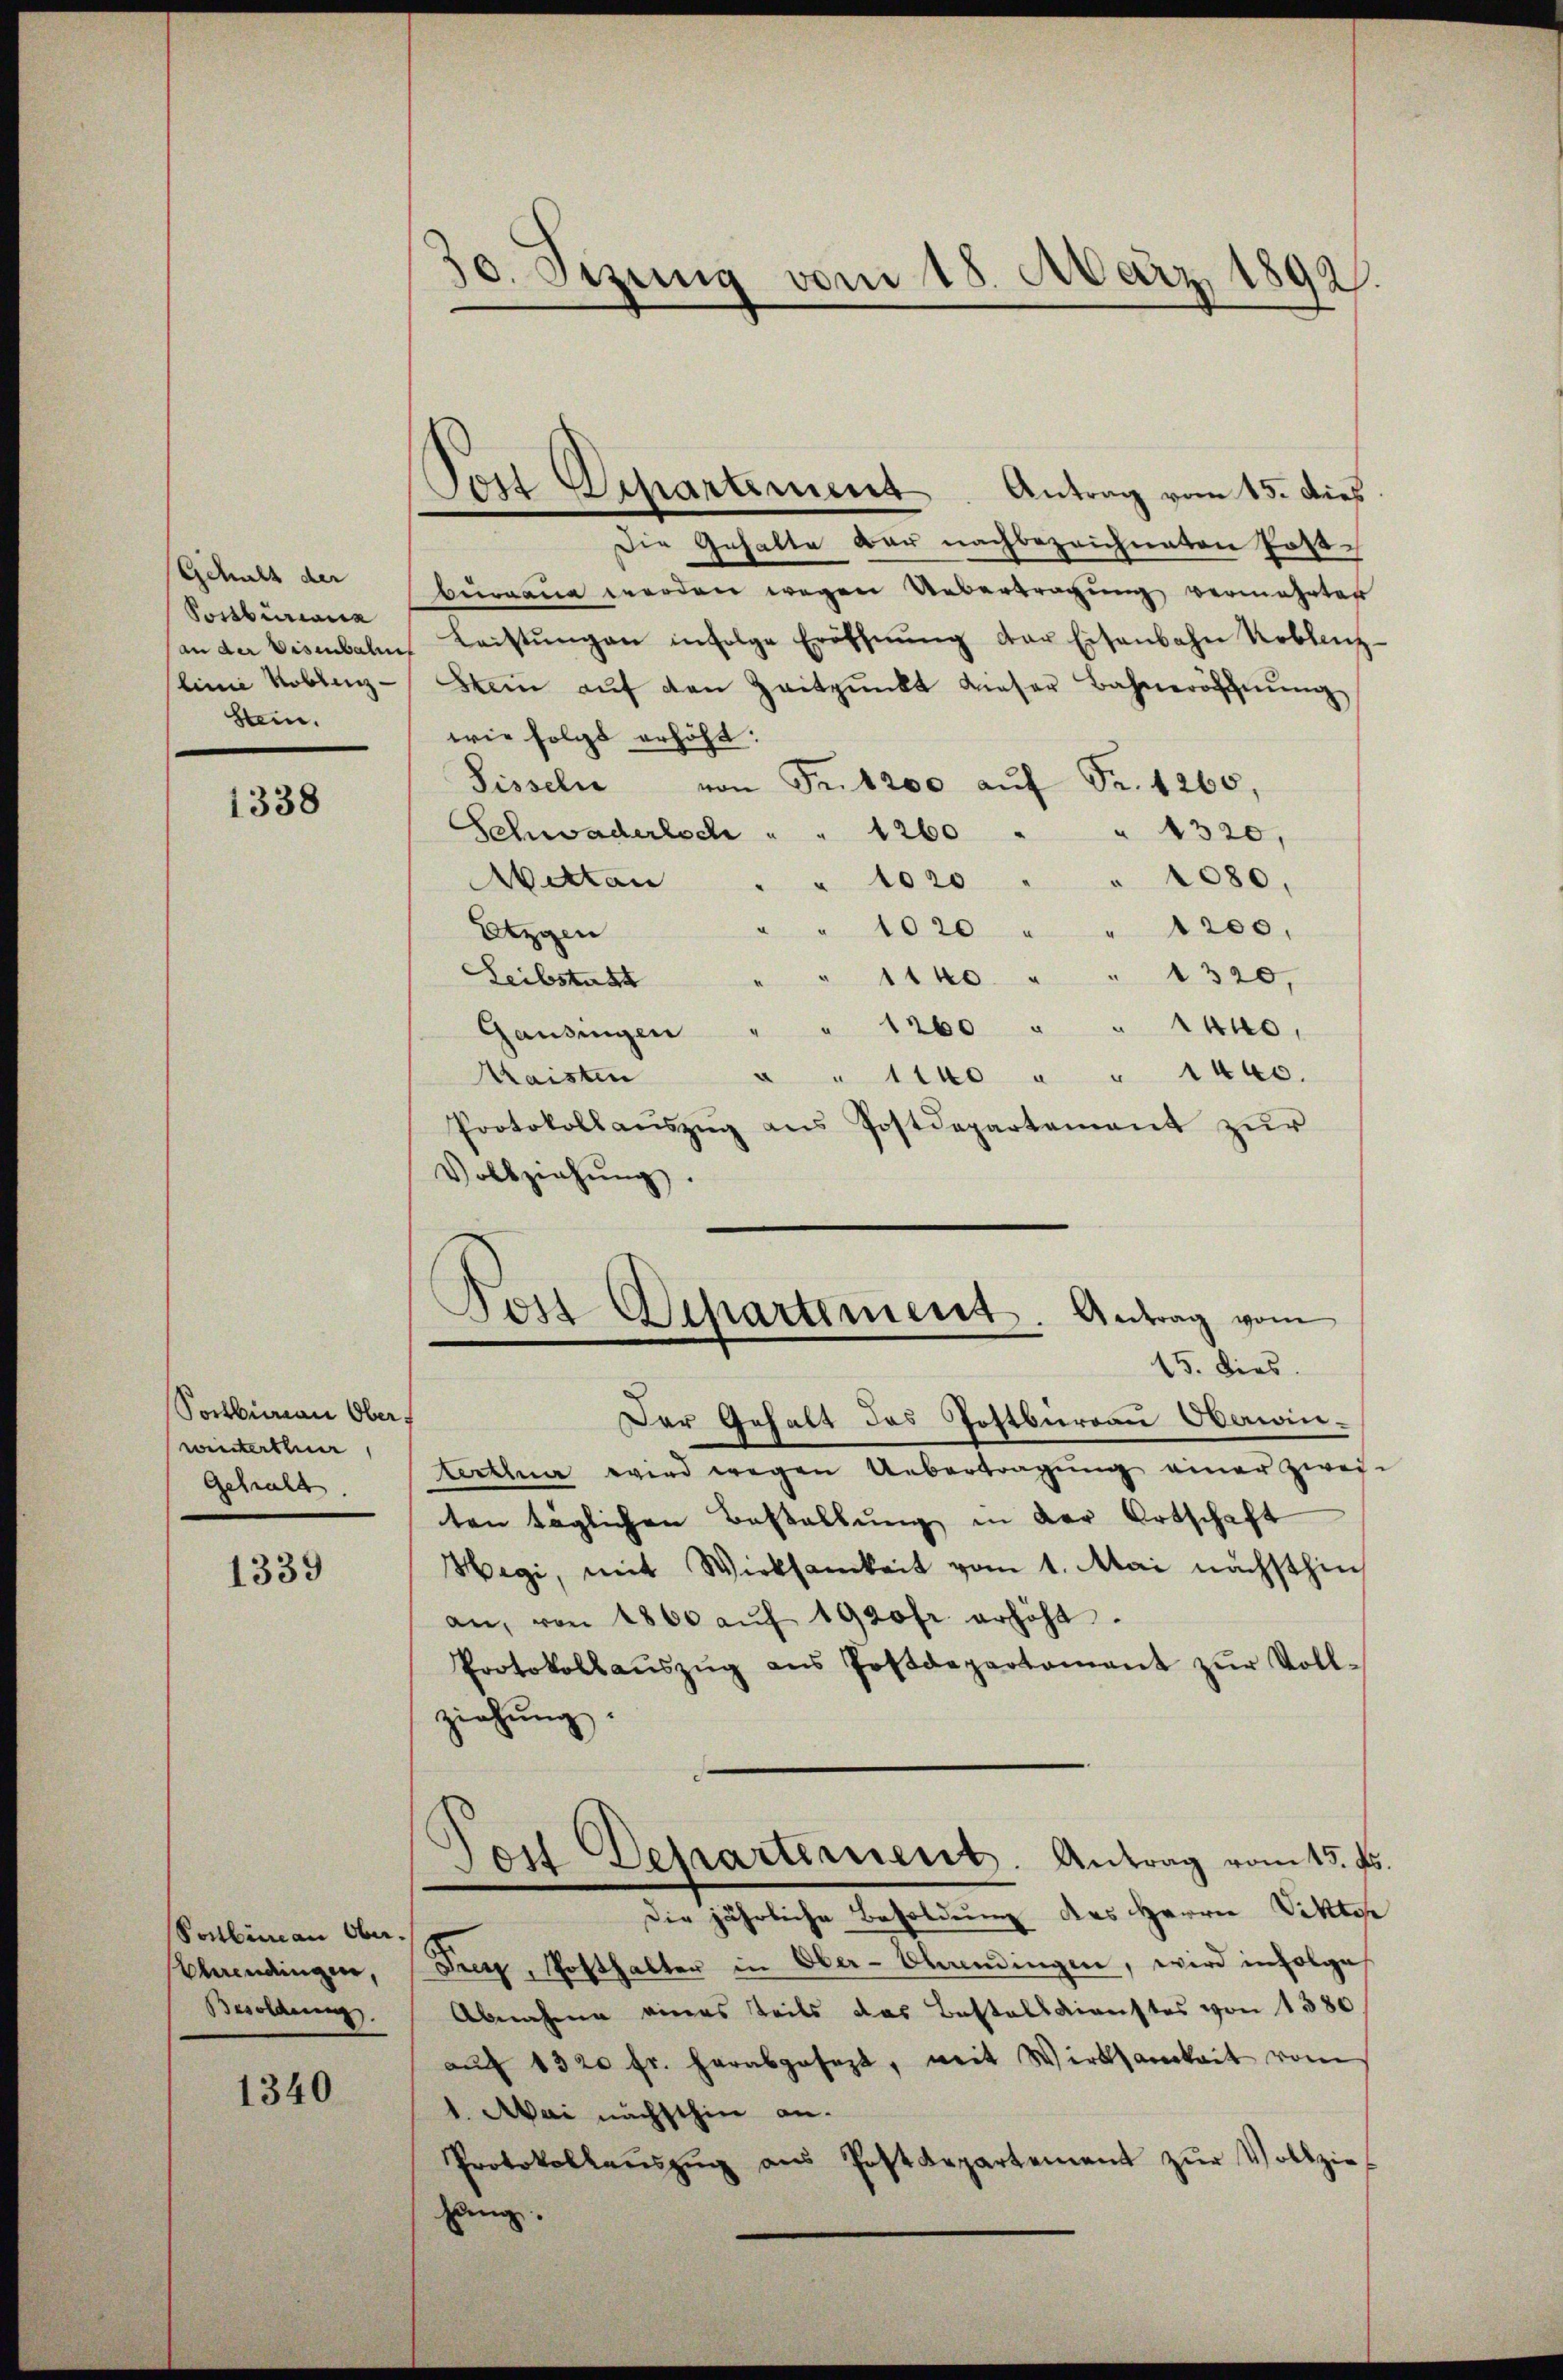
Gehalt der
Sonbiriann
Stein.

1338

Sortberau Oberf
winterthur
Gehralt.

1339

Vonbinau Ober.
Olaendingen,
Besoldung.

1340

30. Sizung vom 18. März 1892.

Die Gehalte war nachbezeichneten Postbureau werden wegen Uebertragung vermehrter
an der Eisenbalen Leistŭngen infolge Eröffnŭng der Eisenbahn Koblenz-
linie Koblenz-Wein aŭf den Zeitpunkt dieser Bahneröffnŭng
wie folgt erhöht:
Sisseln von Fr. 1200 aŭf Fr. 1260,
Schwaderlech " " 1260 " " 1320,
Abettan
1020 " " 1080.
1020 " " 1200.
Etzgen
Leibstadt
1140 " " 1320,
1260 " " 1440,
Gausingen
Maisten
1to " " 1440.
Protokollaŭszŭg ans Postdepartement zŭr
Vollziehŭng.

Post Departement. Antrag vom 15. dies

Post Separtement. Antrag vom
15. Dies
Der Gehalt des Postburgau Oberan¬

terthun wird wegen Uebertragung einer Zwei-
ten täglichen Bestellung in der Ortschaft
Hegi, mit Wirksamkeit vom 1. Mai nächsthin
an, von 1800 aŭf 1920 fr erhöht.
Protokollaŭszŭg ans Postdepartament zŭr Voll-
ziehung.
Tost Departement. Antrag vom 15. ds.
Die jährliche Besoldung des Herrn Viktor
Frey, Posthalter in Ober-Ohrendingen, wird infolge
Abnahme eines teils das Bestelldienstes von 1580
aŭf 1320 fr. herabgesezt, mit Wirksamkeit vom
1. Mai nächsthin an.
Protokollaŭszŭg aŭs Postdepartement zŭr Vollzie-
hang.